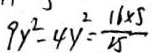
9 x ^ { 2 } - 4 y ^ { 2 } = \frac { 1 6 \times 5 } { 5 }